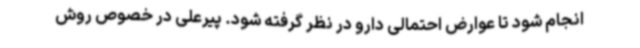
انجام شود تا عوارض احتمالی دارو در نظر گرفته شود. پیرعلی در خصوص روش